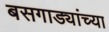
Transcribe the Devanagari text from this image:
बसगाड्यांच्या